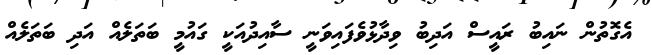
އެގޮތުން ނައިބު ރައީސް އަދިބު ވިދާޅުވެފައިވަނީ ސާއިދުއަކީ ގައުމީ ބަތަލެއް އަދި ބަތަލެއް